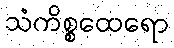
သံကိစ္စထေရော